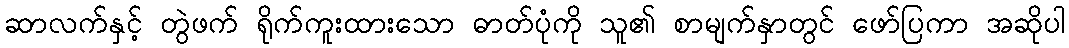
ဆာလက်နှင့် တွဲဖက် ရိုက်ကူးထားသော ဓာတ်ပုံကို သူ၏ စာမျက်နှာတွင် ဖော်ပြကာ အဆိုပါ